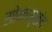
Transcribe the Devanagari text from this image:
सोमास्कंद